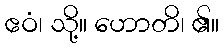
ဧဝံ၊ သို့။ ဟောတိ၊ ၏။